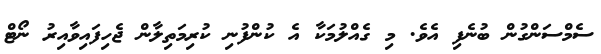
ސެމްސަންގުން ބުނެފި އެވެ. މި ގެއްލުމަކާ އެ ކުންފުނި ކުރިމަތިލާން ޖެހިފައިވާއިރު ނޯޓް